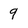
Character: 9